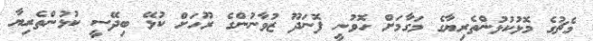
މެޗުގެ މޮޅުކުޅުންތެރިިޔާގެ މަގާމަށް ހޮވުނީ ފޮނަދޫ ޒުވާނުންގެ ރޫހަށް ކުޅޭ ބިދޭސީ ކުޅުންތެރިޔާ